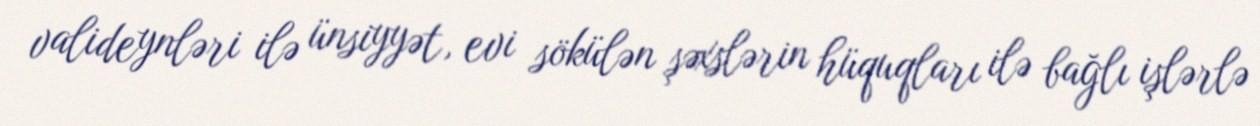
valideynləri ilə ünsiyyət, evi sökülən şəxslərin hüquqları ilə bağlı işlərlə